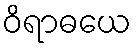
ဝိရာဓယေ